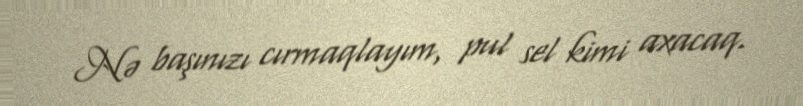
Nə başınızı cırmaqlayım, pul sel kimi axacaq.